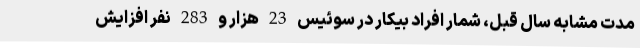
مدت مشابه سال قبل، شمار افراد بیکار در سوئیس 23 هزار و 283 نفر افزایش